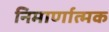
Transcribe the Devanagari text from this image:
निमार्णात्मक